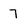
Character: 7